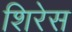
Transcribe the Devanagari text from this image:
शिरेस